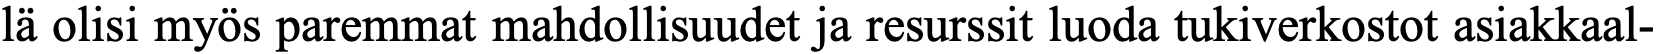
lä olisi myös paremmat mahdollisuudet ja resurssit luoda tukiverkostot asiakkaal-